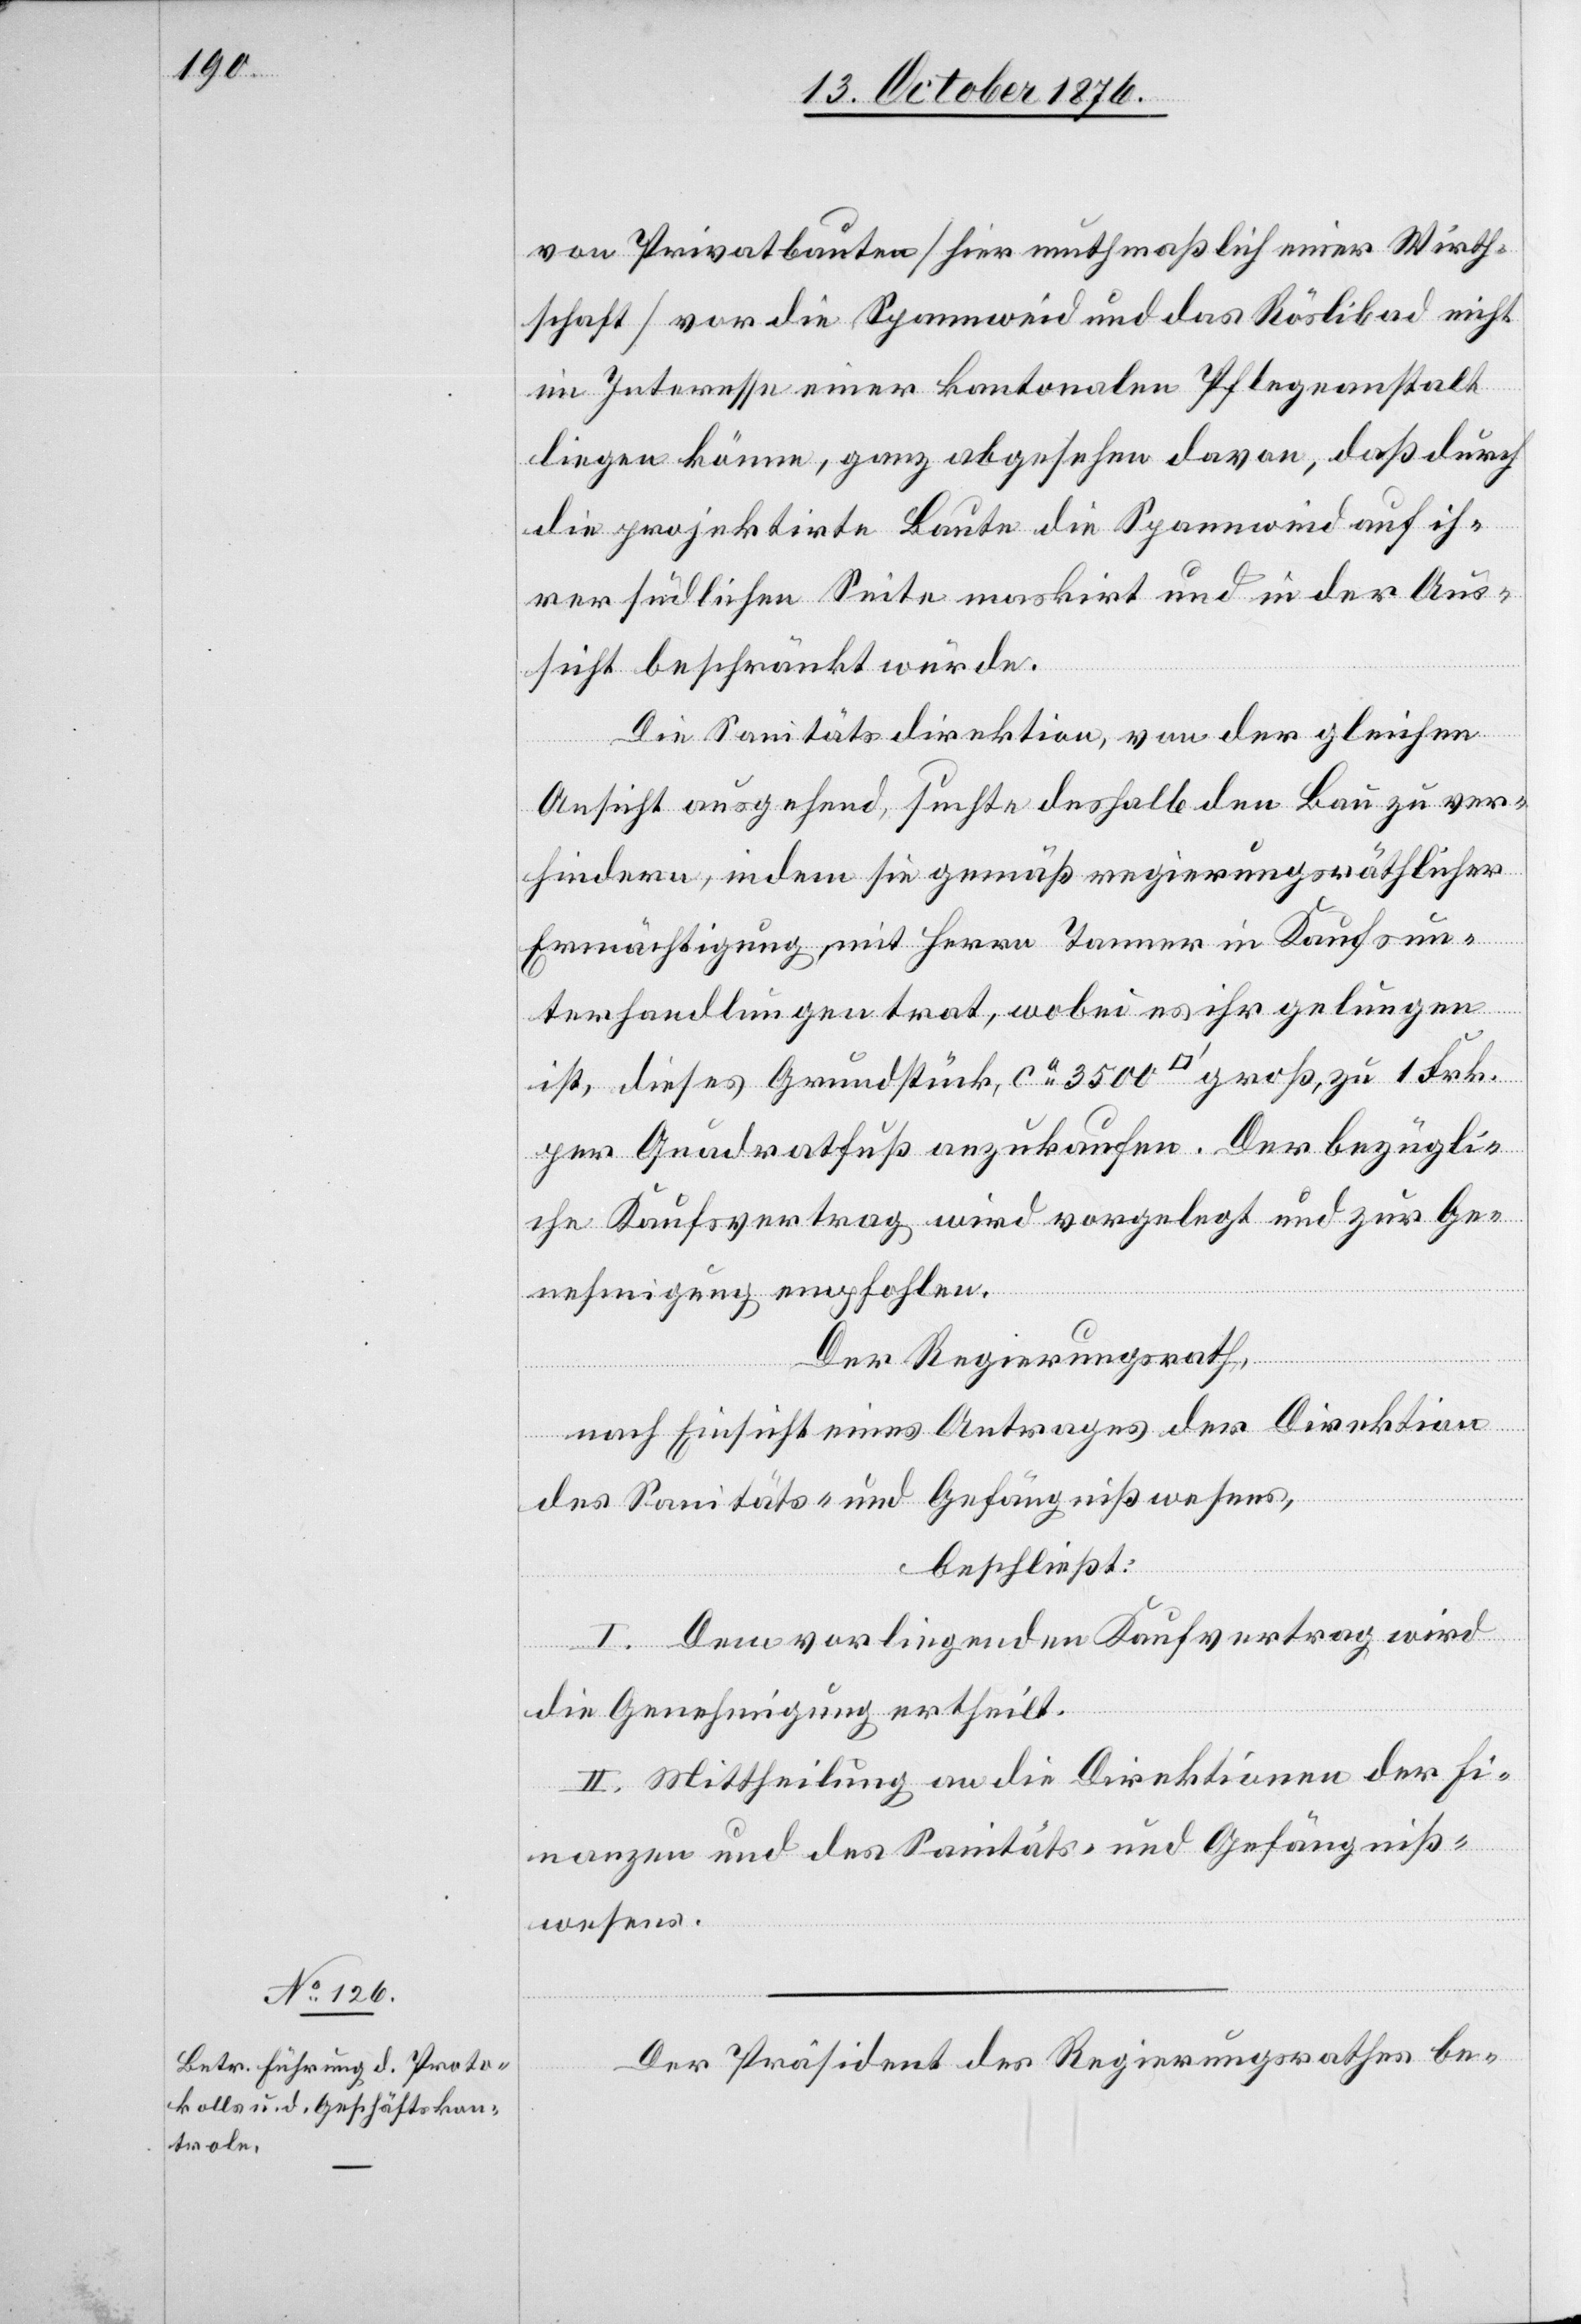
von Privatbauten [hier muthmaßlich einer Wirth¬
schaft] vor die Spannweid und das Röslibad nicht
im Interesse einer kantonalen Pflegeanstalt
liegen könne, ganz abgesehen davon, daß durch
die projektirte Baute die Spannweid auf ih¬
rer südlichen Seite maskirt und in der Aus¬
sicht beschränkt würde.
Die Sanitätsdirektion, von der geleichen
Ansicht ausgehen, suchte deshalb den Bau zu ver¬
hindern, indem sie gemäß regierungsräthlicher
Ermächtigung, mit Herrn Tanner in Kaufsun¬
terhandlungen trat, wobei es ihr gelungen
ist, dieses Grundstück, ca 3500 [Quadratfuß] groß, zu 1 Frk.
per Quadratfuß anzukaufen. Der bezügli¬
che Kaufsvertrag wir vorgelegt und zur Ge¬
nehmigung empfohlen.
Der Regierungsrath,
nach Einsicht eines Antrages der Direktion
des Sanitäts- und Gefängnißwesens,
beschließt:
I. Dem vorliegenden Kaufvertrag wird
die Genehmigung ertheilt.
II. Mittheilung an die Direktionen der Fi¬
nanzen und das Sanitäts- und Gefängniß¬
wesens.
Der Präsident des Regierungsrathes be-